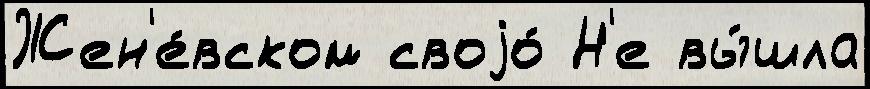
Жен'е́вском своjо́ Н'е вы́шла